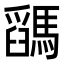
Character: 𩥓